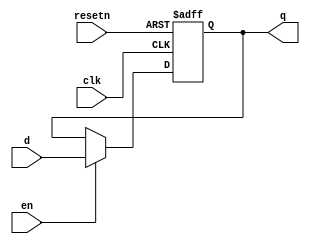
/****************************************************************************
          Generic Register
****************************************************************************/
module lo_reg(d,clk,resetn,en,q);
parameter WIDTH=32;

input clk;
input resetn;
input en;
input [WIDTH-1:0] d;
output [WIDTH-1:0] q;
reg [WIDTH-1:0] q;

always @(posedge clk or negedge resetn)		//asynchronous reset
begin
	if (resetn==0)
		q<=0;
	else if (en==1)
		q<=d;
end

endmodule